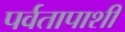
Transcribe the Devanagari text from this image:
पर्वतापाशी